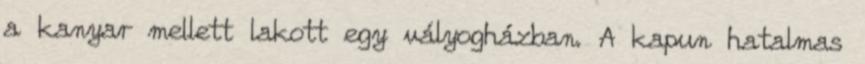
a kanyar mellett lakott egy vályogházban. A kapun hatalmas